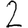
Digit: 2